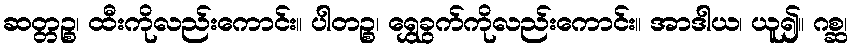
ဆတ္တဉ္စ၊ ထီးကိုလည်းကောင်း။ ပါတဉ္စ၊ ရွှေခွက်ကိုလည်းကောင်း။ အာဒါယ၊ ယူ၍။ ဂစ္ဆ၊